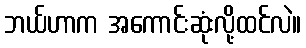
ဘယ်ဟာက အကောင်းဆုံးလို့ထင်လဲ။